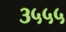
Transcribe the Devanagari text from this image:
३५५५